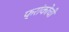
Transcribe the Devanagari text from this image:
फ्रांकोची